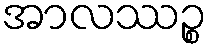
အာလဿဉ္စ